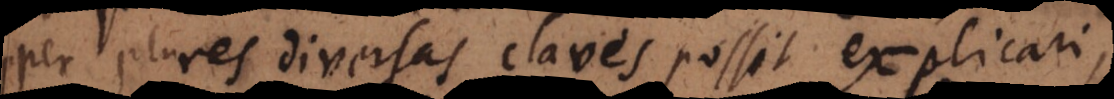
per plures diversas claves possit explicari,